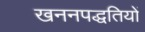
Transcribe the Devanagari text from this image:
खननपद्धतियों